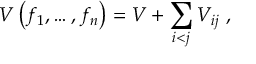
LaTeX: V \left( f _ { 1 } , \dots , f _ { n } \right) = V + \sum _ { i < j } V _ { i j } \ ,